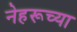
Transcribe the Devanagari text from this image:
नेहरूच्या